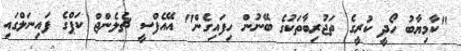
"ކާމިޔާބު ހޯދީ ކުރީގެ ތަޖުރިބާތަކުގެ ބޭނުން ހިފައިގެން" އޭއެފްސީ ޗެލެންޖް ކަޕްގެ ފައިނަލްގައި